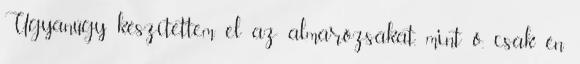
Ugyanúgy készítettem el az almarózsákat, mint ő, csak én